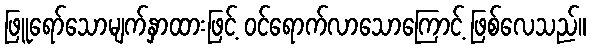
ဖြူရော်သောမျက်နှာထားဖြင့် ဝင်ရောက်လာသောကြောင့် ဖြစ်လေသည်။